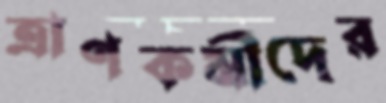
ত্রাণকর্মীদের